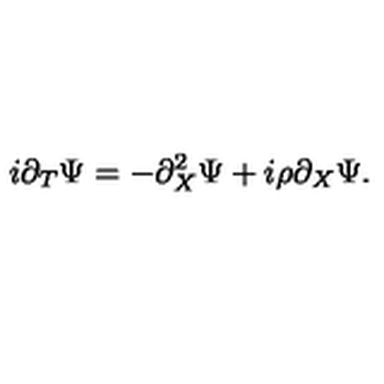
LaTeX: i \partial _ { T } \Psi = - \partial _ { X } ^ { 2 } \Psi + i \rho \partial _ { X } \Psi .